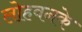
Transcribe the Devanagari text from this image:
लोहवनके